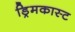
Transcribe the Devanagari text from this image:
ड्रिमकास्ट